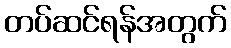
တပ်ဆင်ရန်အတွက်